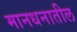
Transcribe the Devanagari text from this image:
मानधनातील